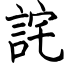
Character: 詫